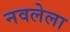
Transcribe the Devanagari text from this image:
नवलेला